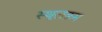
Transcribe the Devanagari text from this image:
स्थूलक्रम